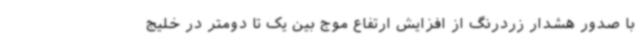
با صدور هشدار زردرنگ از افزایش ارتفاع موج بین یک تا دومتر در خلیج